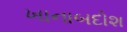
ખાનાબદોશ